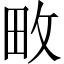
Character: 畋